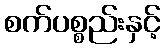
စက်ပစ္စည်းနှင့်